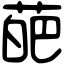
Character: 葩